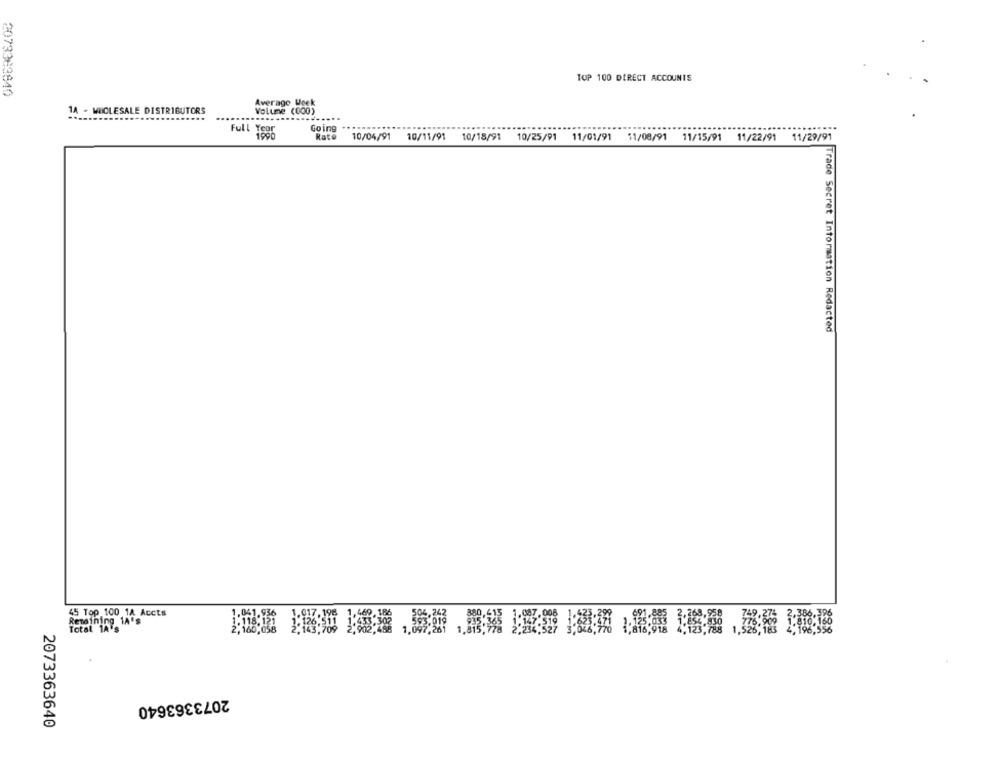
TOP 100 DIRECT ACCOUNTS
2073363840
Average Week
1A - MECLESALE DISTRIBUTORS
Volume (000)
Full Year
Going
Rate
10/04/91 10/11/91 10/18/91 10/25/91 11/01/91 11/08/91 11/15/91 11/22/91 11/29/91
Trade Secret Information Redacted
45 Top 100 1A Accts
Retaining 14's
Total 1A 's
2073363640
2073363640